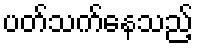
ပတ်သက်နေသည့်